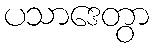
ပသာဒေတွာ